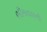
ભીમતાલની